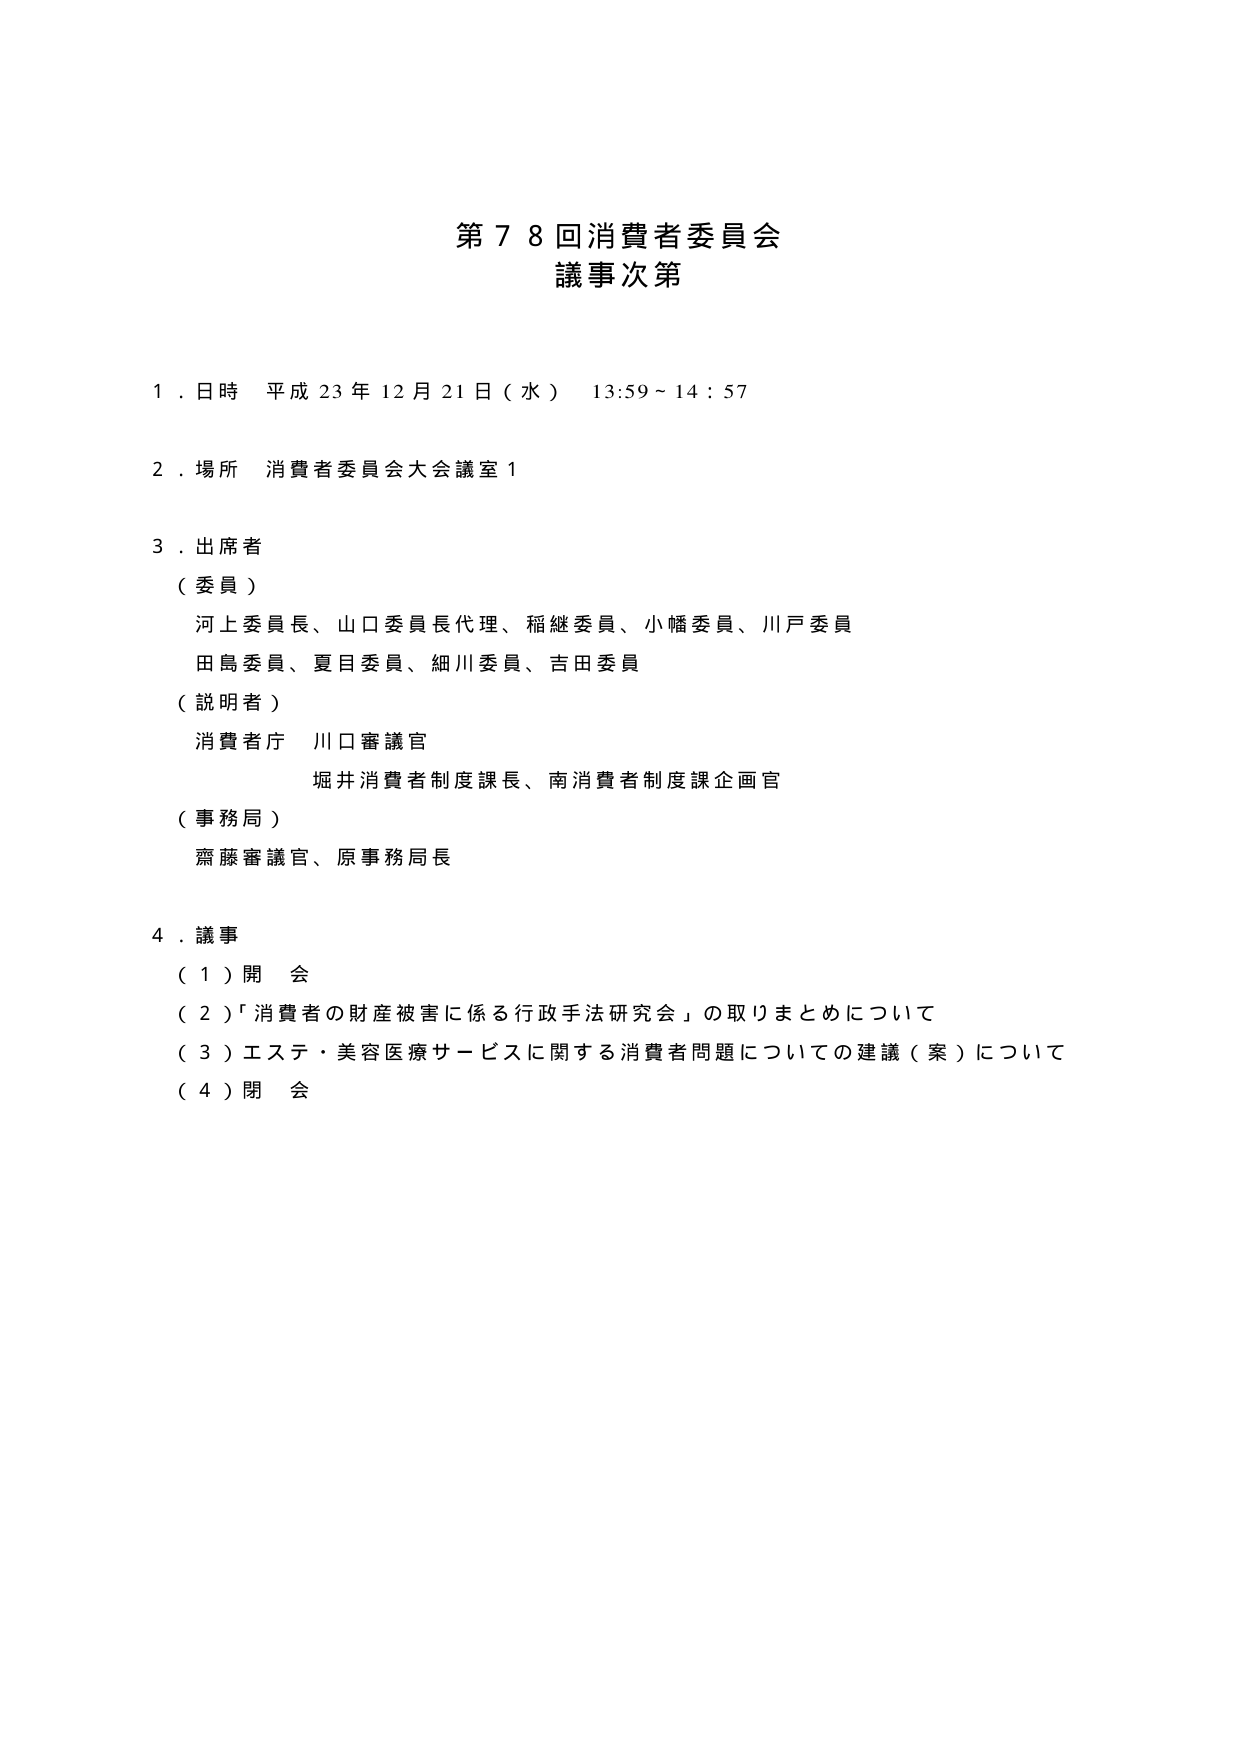
第７８回消費者委員会
議事次第

１．日時 平成２３年１２月２１日（水） １３：５９～１４：５７

２．場所 消費者委員会大会議室１

３．出席者
（委員）
　河上委員長、山口委員長代理、稲継委員、小幡委員、川戸委員
　田島委員、夏目委員、細川委員、吉田委員
（説明者）
　消費者庁 川口審議官
　　　　　堀井消費者制度課長、南消費者制度課企画官
（事務局）
　齋藤審議官、原事務局長

４．議事
（１）開会
（２）「消費者の財産被害に係る行政手法研究会」の取りまとめについて
（３）エステ・美容医療サービスに関する消費者問題についての建議（案）について
（４）閉会